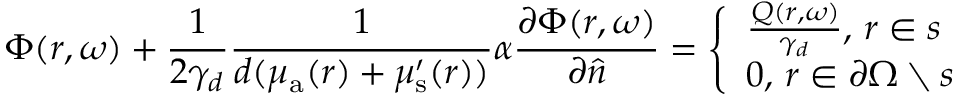
\Phi ( r , \omega ) + \frac { 1 } { 2 \gamma _ { d } } \frac { 1 } { d ( \mu _ { { \mathrm a } } ( r ) + \mu _ { \mathrm { s } } ^ { \prime } ( r ) ) } \alpha \frac { \partial \Phi ( r , \omega ) } { \partial \hat { n } } = \left\{ \begin{array} { l } { \frac { Q ( r , \omega ) } { \gamma _ { d } } , \, r \in s } \\ { 0 , \, r \in \partial \Omega \setminus s } \end{array} \right.